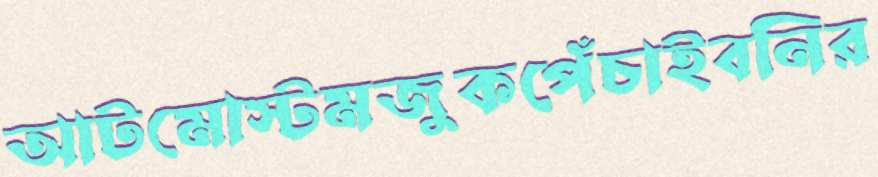
আটমোস্টমজুকপেঁচাইবনির